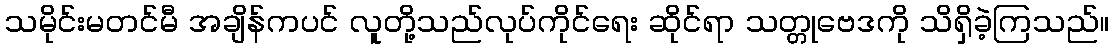
သမိုင်းမတင်မီ အချိန်ကပင် လူတို့သည်လုပ်ကိုင်ရေး ဆိုင်ရာ သတ္တုဗေဒကို သိရှိခဲ့ကြသည်။